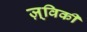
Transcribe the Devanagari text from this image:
ज़्विकी